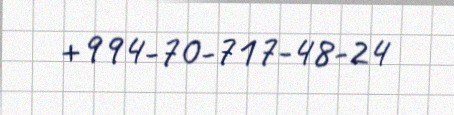
+994-70-717-48-24